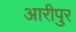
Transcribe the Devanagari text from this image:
आरीपुर